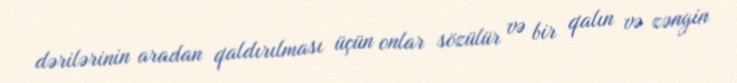
dərilərinin aradan qaldırılması üçün onlar sözülür və bir qalın və zəngin